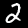
Digit: 2